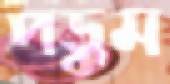
পড়ুম